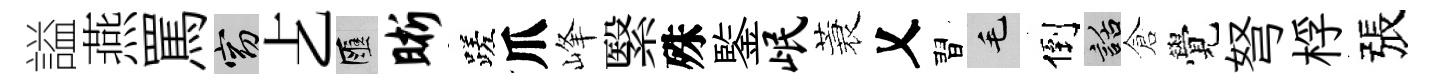
謚燕罵窈𠧒匯晰蹉爪峰繄殊鍳岷蓑乂習毛倒話倉覺弩桴張